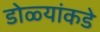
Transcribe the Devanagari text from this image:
डोळ्यांकडे